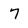
Character: 7